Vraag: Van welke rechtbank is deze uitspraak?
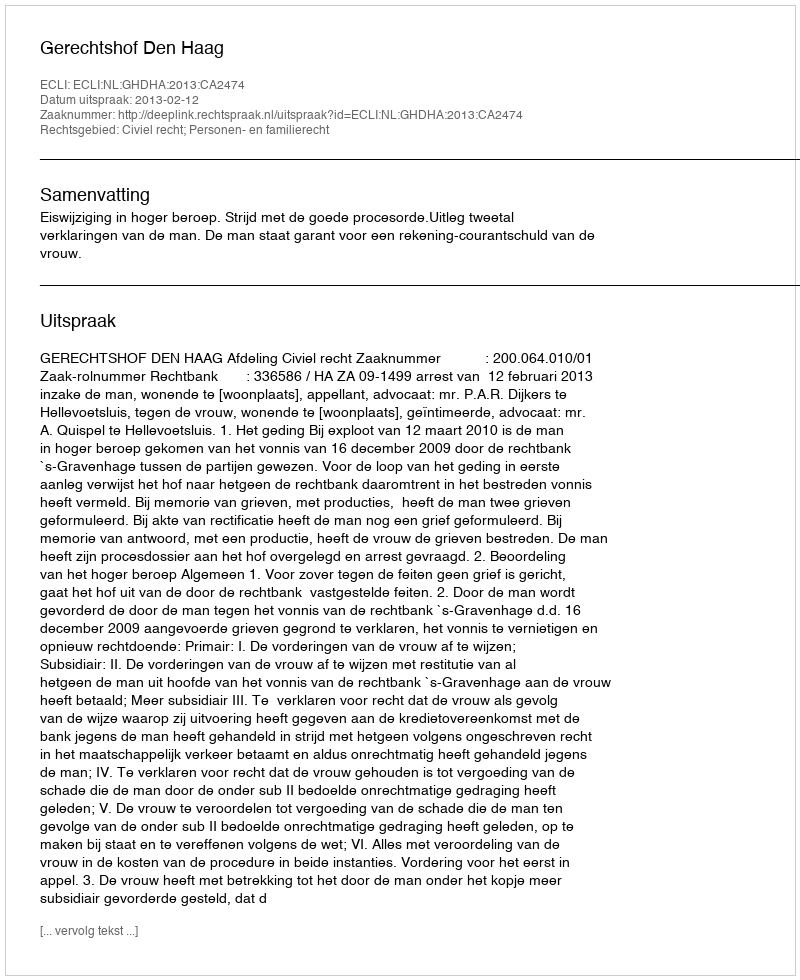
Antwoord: Gerechtshof Den Haag